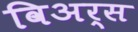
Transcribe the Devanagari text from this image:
विअर्स